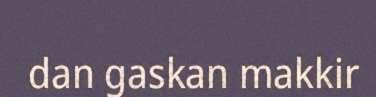
dan gaskan makkir